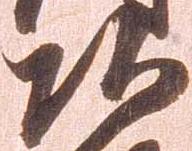
頭